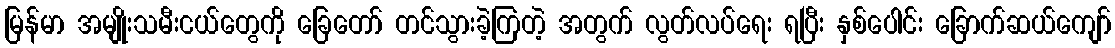
မြန်မာ အမျိုးသမီးငယ်တွေကို ခြေတော် တင်သွားခဲ့ကြတဲ့ အတွက် လွတ်လပ်ရေး ရပြီး နှစ်ပေါင်း ခြောက်ဆယ်ကျော်